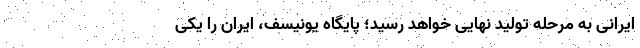
ایرانی به مرحله تولید نهایی خواهد رسید؛ پایگاه یونیسف، ایران را یکی